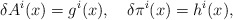
\begin{align*}\delta A^i(x) = g^i(x), \ \ \ \delta \pi^i(x) = h^i(x),\end{align*}